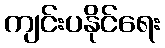
ကျင်းပနိုင်ရေး